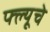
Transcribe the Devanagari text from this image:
फ्ल्यूचे